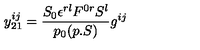
y _ { 2 1 } ^ { i j } = { \frac { S _ { 0 } \epsilon ^ { r l } F ^ { 0 r } S ^ { l } } { p _ { 0 } ( p . S ) } } g ^ { i j }